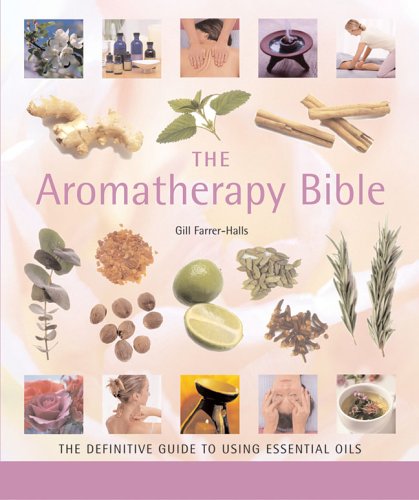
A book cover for The Aromatherapy Bible: The Definitive Guide to Using Essential Oils; Gill Farrer-Halls; Health, Fitness & Dieting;